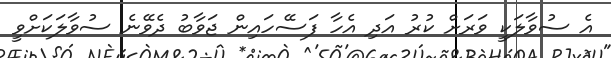
އެ ސުވާލަކީ ވަރަށް ކުރު އަދި އެހާ ފަސޭހައިން ޖަވާބު ދެވޭނެ ސުވާލަކަށްވީ